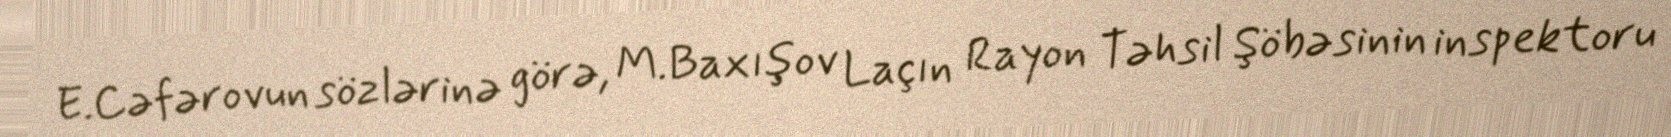
E.Cəfərovun sözlərinə görə, M.Baxışov Laçın Rayon Təhsil Şöbəsinin inspektoru